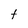
Character: t